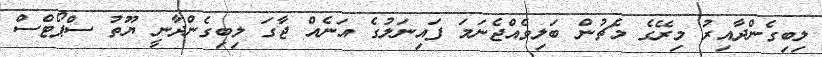
ލިބިގެންދާއިރު މިރޭގެ މެޗުން ބަލިވެއްޖެނަމަ ފައިނަލުގެ އަނެއް ޖާގަ ލިބިގެންދާނީ ޔޫތު ސްޕޯޓްސް